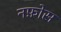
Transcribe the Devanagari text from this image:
नफ़ोस